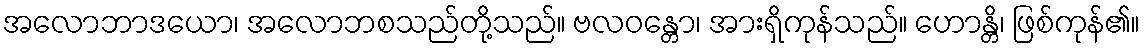
အလောဘာဒယော၊ အလောဘစသည်တို့သည်။ ဗလဝန္တော၊ အားရှိကုန်သည်။ ဟောန္တိ၊ ဖြစ်ကုန်၏။